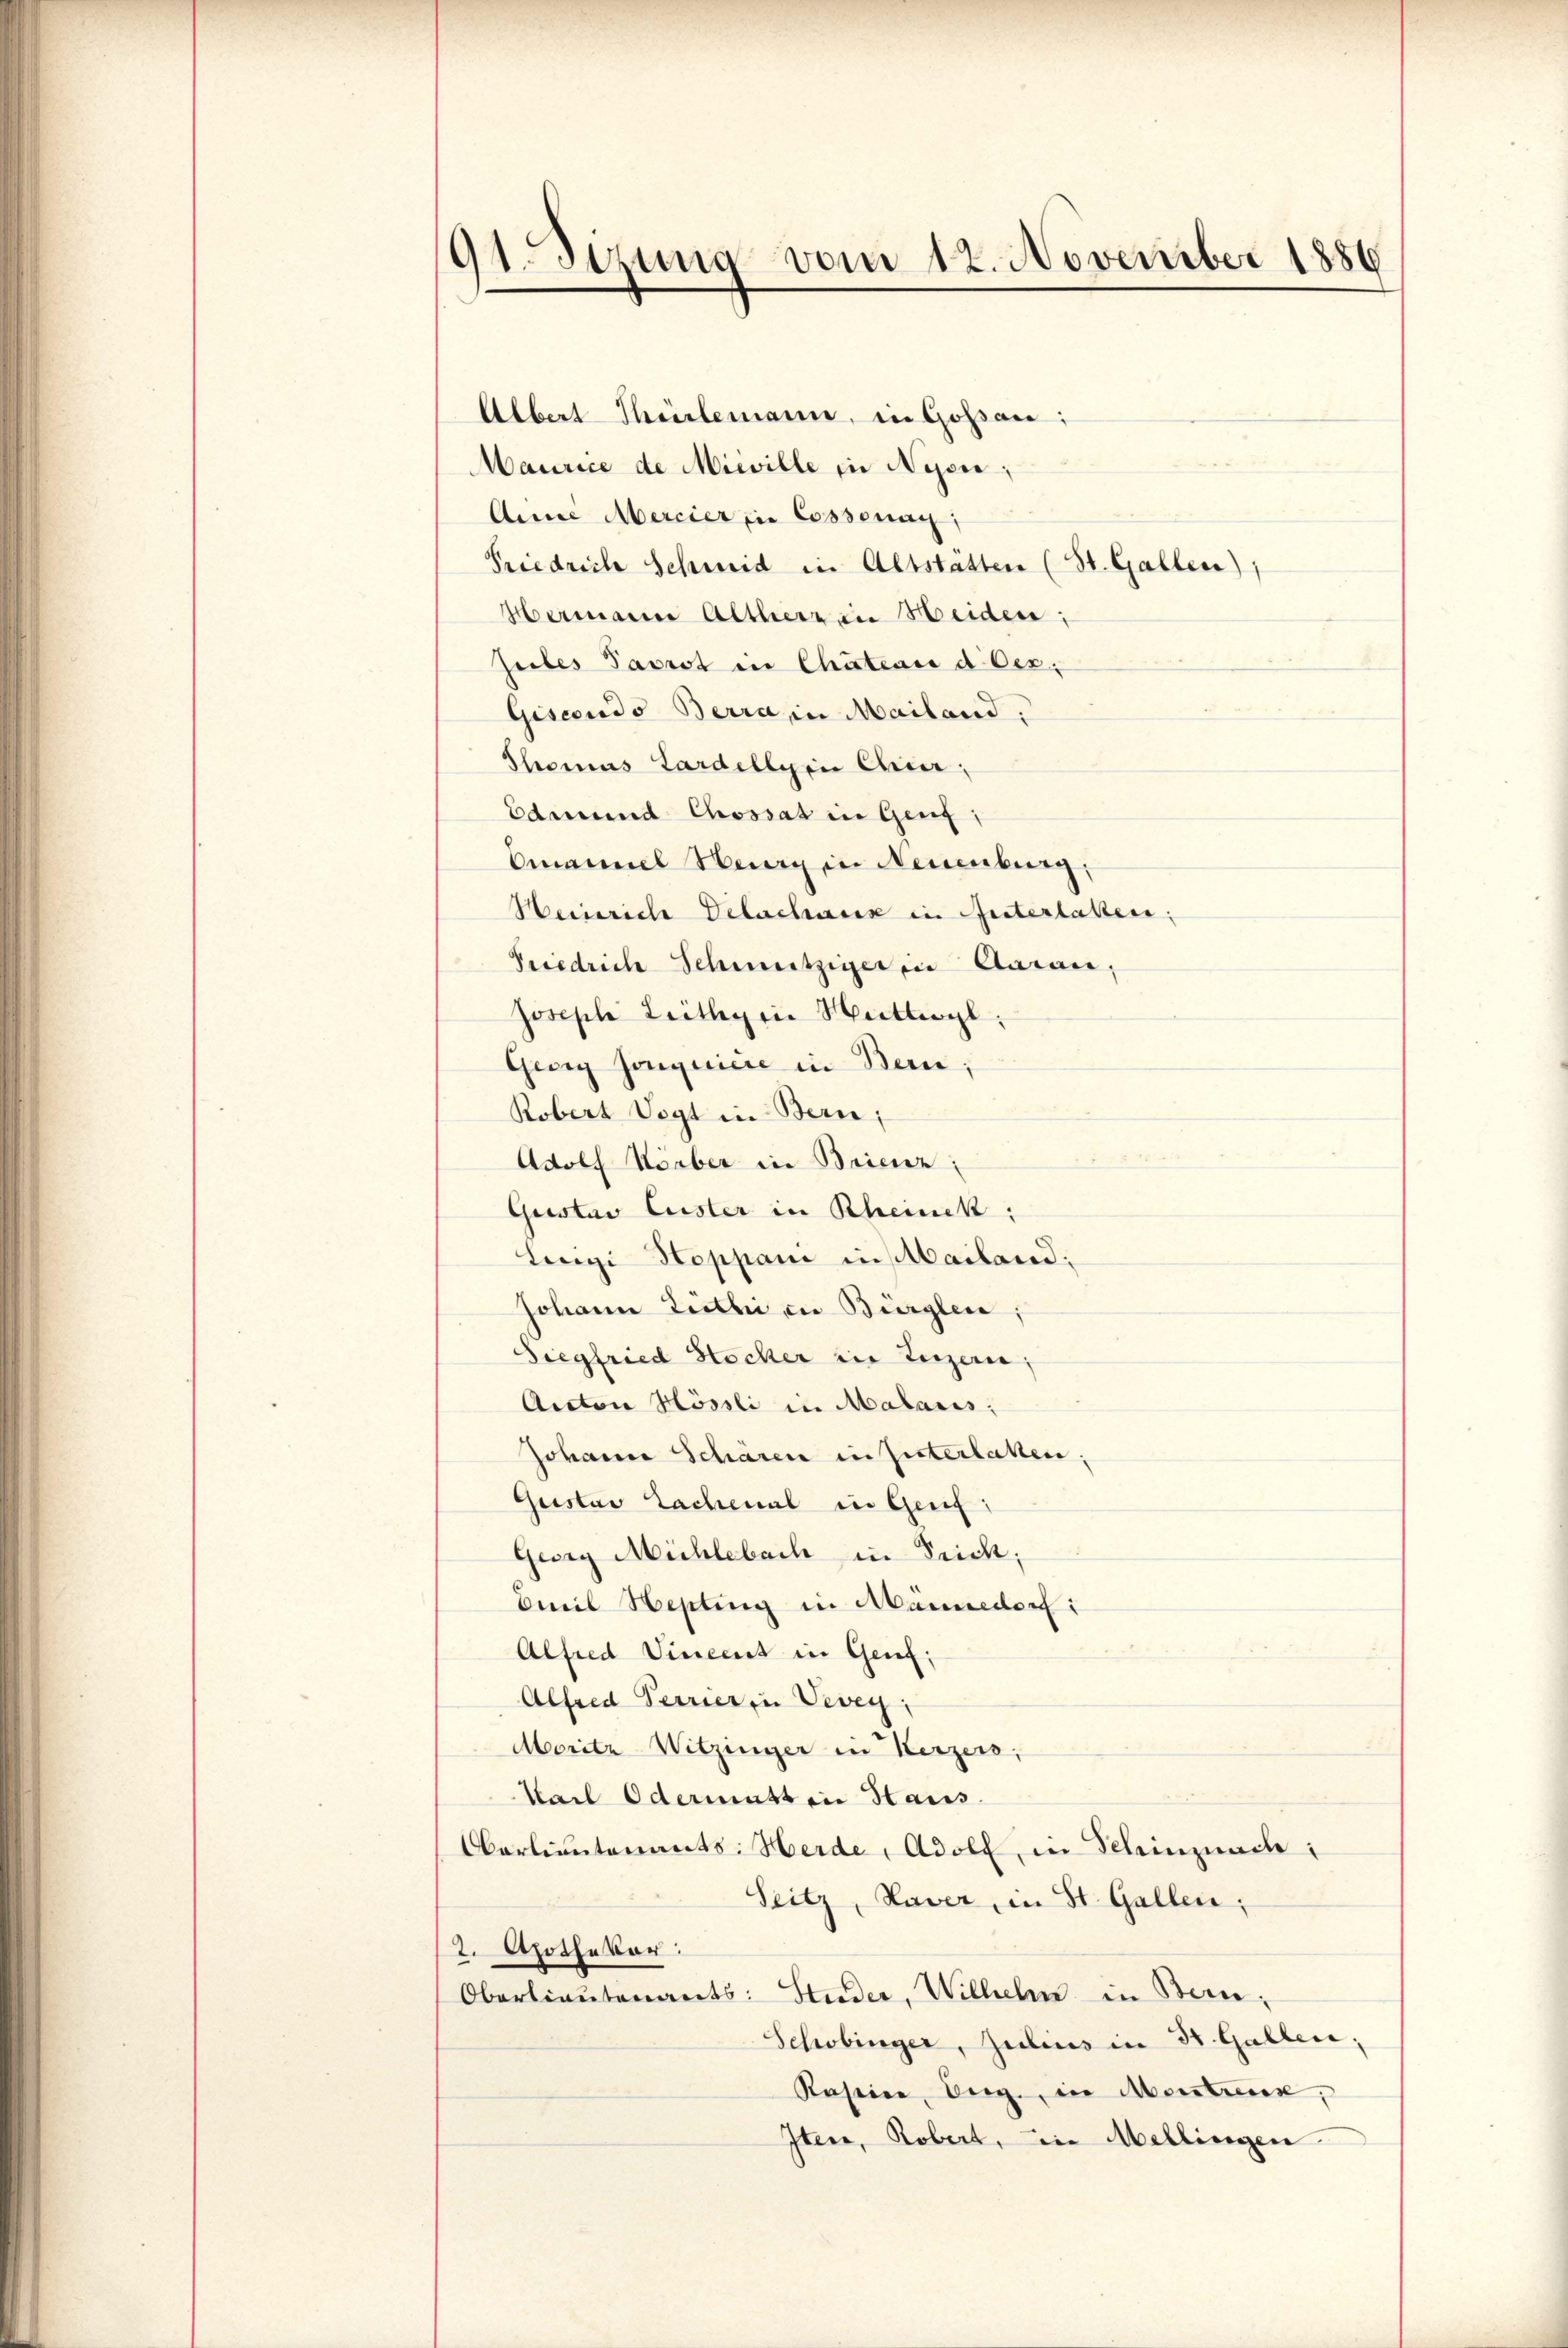
91. Sizung vom 12. November 1886

Albal Theilemann, in Goßau;
Maurice de Miwille in Nesen,
Anne Mercier in Cossenag
Friedrich Schmid in Altstätten (St. Gallen);
Hermann Alther in Heiden;
Zeiles Pasrot in Chateau d. Dez.
Giscondo Berra in Mailand,
Thomas Lardellein Cicer,
Edmund Chossat in Genf,
Emanuel Hug in Neuenburg,
Heinriche Delachank in Guterlaken:
Friedrich Schmutziger in Aarau,
Joseph Leithgene Mutterl
Georg Jonquiere in Bern;
Robert Vogt in Bern;
Adolf Körber in Brienz:
Gustav Luster in Rheick:
Lengi Hoppani in Mailand:
Johann Liethe in Bürglen,
Siegfried Stocker in Luzern,
Anton Mössli in Malaris;
Johann Schären in hinterlaken;
Gustav Lachenal in Genf
Georg Michlebach in Seicht;
Emil Hepting in Männedorf:
Alfred Vinent in Genf.
Alfred Terrier in Vevey;
Moritz Witzinger in Kerzers,
Kail Odermatt in Haus.
Oerlieutenants: Herde, Adolf, in Schinznach:
Seitz, Haver, in St. Gallen;
2. Apothekar:
Oberlieutenants: Studer, Wilhelm in Ben¬
Schobinger, Julius in St. Gallen,
Raseine Aug., in Merstreux,
Iten, Robert, in Mellingen